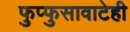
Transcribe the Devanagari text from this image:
फुप्फुसावाटेही